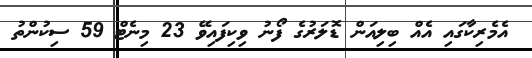
އެމެރިކާގައި އެއް ބިލިއަން ޑޮލަރުގެ ފޯނު ވިކިފައިވޭ 23 މިނެޓް 59 ސިކުންތު